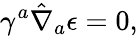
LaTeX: \gamma^{a}\hat{\nabla}_{a}\epsilon=0,